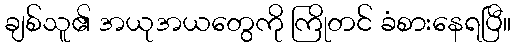
ချစ်သူ၏ အယုအယတွေကို ကြိုတင် ခံစားနေရပြီ။